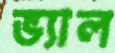
ভ্যাল